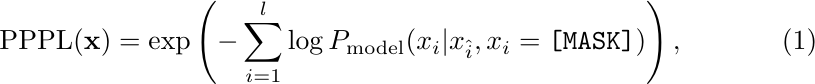
\begin{equation}
\text{PPPL}(\mathbf{x}) = \exp\left(-\sum_{i=1}^{l}{\log{P_{\text{model}}(x_i | x_{\hat{i}},x_i=\texttt{[MASK]})}}\right),
\end{equation}